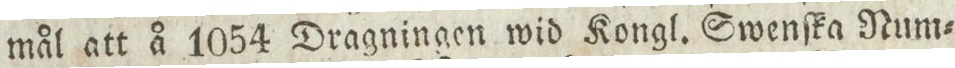
mål att å 1054 Dragningen wid Kongl. Swenſka Num=